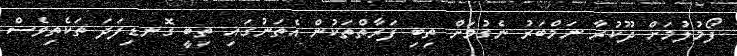
ފޯމުލުމަށް ދޫކުރާ ނަމްބަރު ނެގުމަށް ތިބި ފަރާތްތަކުން އެތަނުގައި ތިބީ ގޮނޑިފަދަ ތަކެތިވެސް